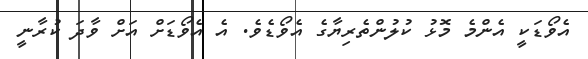
އެވޯޑަކީ އެންމެ މޮޅު ކުލުންތެރިޔާގެ އެވޯޑެވެ. އެ އެވޯޑަށް އަށް ވާދަ ކުރާނީ